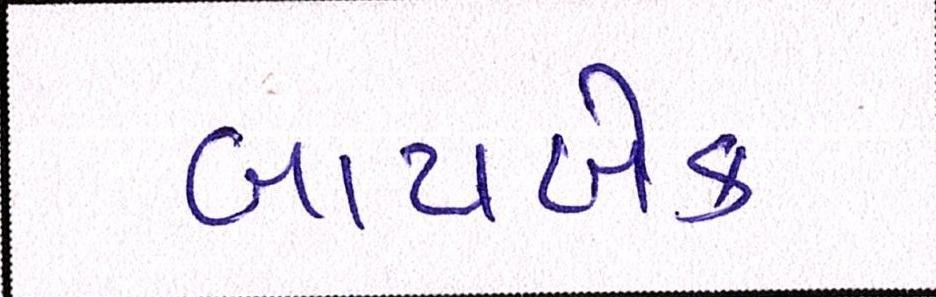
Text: બાયબેક